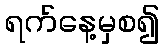
ရက်နေ့မှစ၍